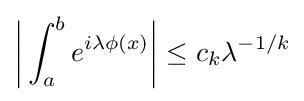
{\bigg |}\int _{a}^{b}e^{i\lambda \phi (x)}{\bigg |}\leq c_{k}\lambda ^{-1/k}